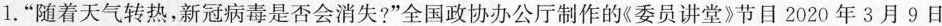
1.”随着天气转热，新冠病毒是否会消失?”全国政协办公厅制作的《委员讲堂》节目2020年3月9日